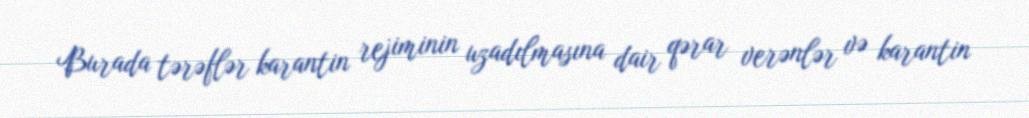
Burada tərəflər karantin rejiminin uzadılmasına dair qərar verənlər və karantin